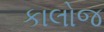
કાલોજ